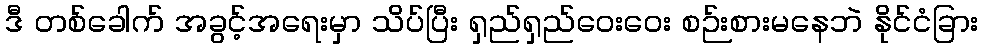
ဒီ တစ်ခေါက် အခွင့်အရေးမှာ သိပ်ပြီး ရှည်ရှည်ဝေးဝေး စဉ်းစားမနေဘဲ နိုင်ငံခြား